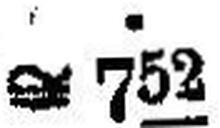
≅ 752